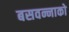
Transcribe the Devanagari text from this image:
बसवन्नाको